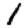
Digit: 1